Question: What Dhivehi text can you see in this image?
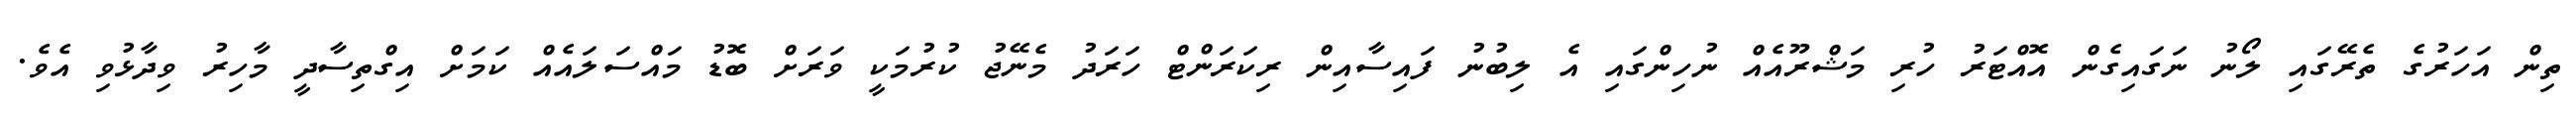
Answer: ތިން އަހަރުގެ ތެރޭގައި ލޯނު ނަގައިގެން އޮއްޓަރު ހުރި މަޝްރޫއެއް ނުހިންގައި އެ ލިބުނު ފައިސާއިން ރިކަރަންޓް ހަރަދު މެނޭޖު ކުރުމަކީ ވަރަށް ބޮޑު މައްސަލައެއް ކަމަށް އިގްތިސާދީ މާހިރު ވިދާޅުވި އެވެ.